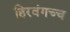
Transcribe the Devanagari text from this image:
हिरवंगच्च